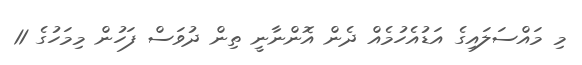
މި މައްސަލައިގެ އަޑުއެހުމެއް ދެން އޮންނާނީ ތިން ދުވަސް ފަހުން މިމަހުގެ 11